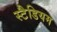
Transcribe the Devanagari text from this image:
स्टैडियम